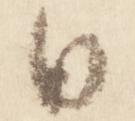
日